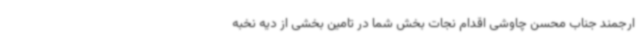
ارجمند جناب محسن چاوشی اقدام نجات بخش شما در تامین بخشی از دیه نخبه